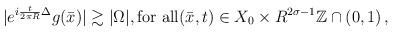
LaTeX: \begin{align*}|e^{i\frac{t}{2\pi R}\Delta} g(\bar{x})| \gtrsim |\Omega|,\mbox{for all}(\bar{x},t) \in X_0\times R^{2\sigma-1}\mathbb{Z}\cap(0,1) \, ,\end{align*}